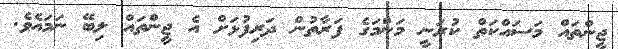
ޖީންތައް މަސައްކަތް ކުރަނީ މަންމަގެ ފަރާތުން ދަރިފުޅަށް އެ ޖީންތައް ލިބޭ ނަމައެވެ.